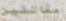
مقاتلين